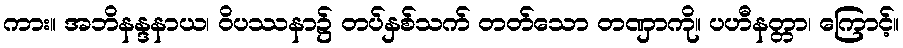
ကား။ အဘိနန္ဒနာယ၊ ဝိပဿနာ၌ တပ်နှစ်သက် တတ်သော တဏှာကို။ ပဟီနတ္တာ၊ ကြောင့်။